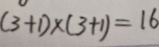
( 3 + 1 ) \times ( 3 + 1 ) = 1 6